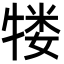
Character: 𬌥